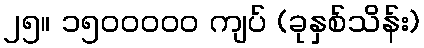
၂၅။ ၁၅၀၀၀၀၀ ကျပ် (ခုနှစ်သိန်း)